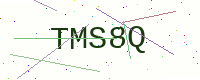
Text: TMS8Q